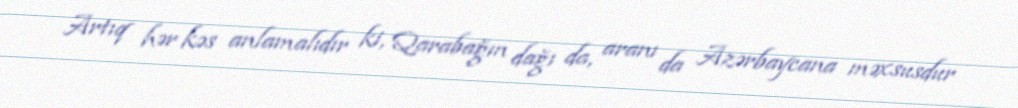
Artıq hər kəs anlamalıdır ki, Qarabağın dağı da, aranı da Azərbaycana məxsusdur